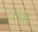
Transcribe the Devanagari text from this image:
८६१६